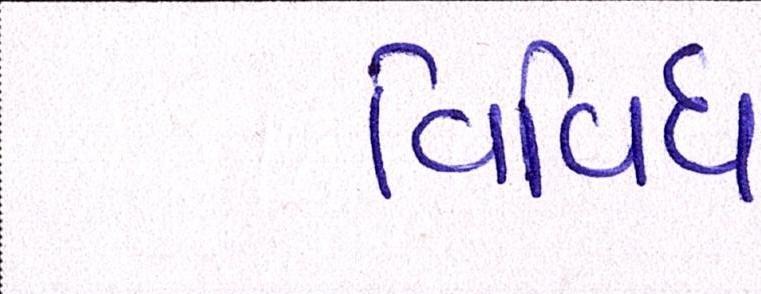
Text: વિવિધ